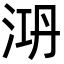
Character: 㳩